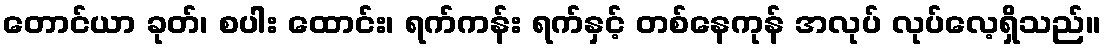
တောင်ယာ ခုတ်၊ စပါး ထောင်း၊ ရက်ကန်း ရက်နှင့် တစ်နေကုန် အလုပ် လုပ်လေ့ရှိသည်။